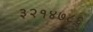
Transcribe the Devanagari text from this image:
३२१४७८६